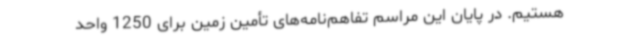
هستیم. در پایان این مراسم تفاهم‌نامه‌های تأمین زمین برای 1250 واحد